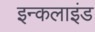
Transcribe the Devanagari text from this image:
इन्कलाइंड